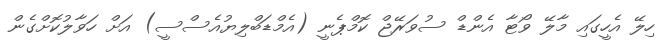
ހިލޭ އެހީގައި މާލޭ ވޯޓާ އެންޑް ސުވަރޭޖް ކޮމްޕެނީ (އެމްޑަބްލިޔުއެސްސީ) އަށް ހަވާލުކޮށްގެން